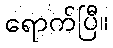
ရောက်ပြီ။